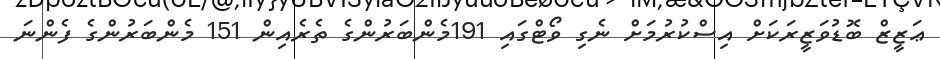
ޢަޒީޒް ބޮޑުވަޒީރަކަށް އިސްކުރުމަށް ނެގި ވޯޓްގައި 191މެންބަރުންގެ ތެރެއިން 151 މެންބަރުންގެ ފެންނަ